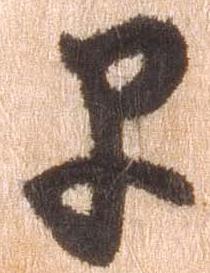
早